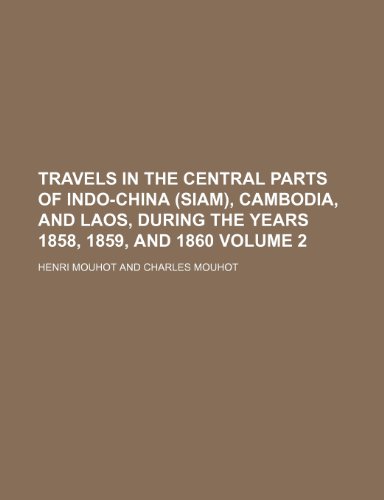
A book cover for Travels in the Central Parts of Indo-China (Siam), Cambodia, and Laos, During the Years 1858, 1859, and 1860 Volume 2; Henri Mouhot; Travel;